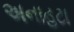
અનાહટા